Subject: math
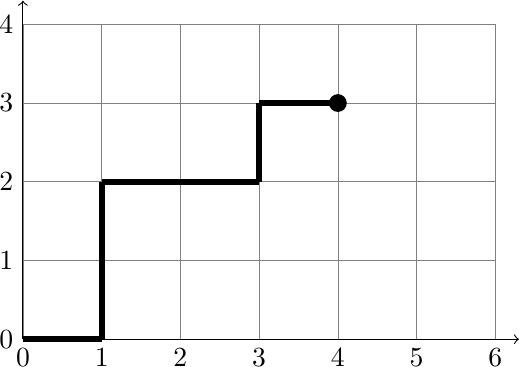
LaTeX code:
	\begin{tikzpicture}
	\draw[very thin,color=gray] (0,0) grid (6,4);
	\draw[->] (0,0) -- (6.3,0) node[right] {};
	\draw[->] (0,0) -- (0,4.3) node[above] {};

	\foreach \i in {0,1,...,6}{
	\coordinate[label=below:$\i$] (x) at (\i,0);
	}

	\foreach \i in {0,1,...,4}{
	\coordinate[label=left:$\i$] (x) at (0,\i);
	}

	\filldraw[black]  (4,3) circle (3pt);

	\draw[-,color=black,line width=0.75mm] (0,0) -- (1,0) node[right]{};
	\draw[-,color=black,line width=0.75mm] (1,0) -- (1,2) node[right]{};
	\draw[-,color=black,line width=0.75mm] (1,2) -- (3,2) node[right]{};
	\draw[-,color=black,line width=0.75mm] (3,2) -- (3,3) node[right]{};
	\draw[-,color=black,line width=0.75mm] (3,3) -- (4,3) node[right]{};

	\end{tikzpicture}